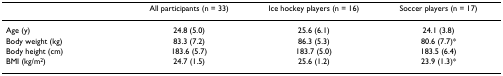
|  | All participants (n = 33) | Ice hockey players (n = 16) | Soccer players (n = 17) |
 | --- | --- | --- | --- |
 | Age (y) | 24.8 (5.0) | 25.6 (6.1) | 24.1 (3.8) |
 | Body weight (kg) | 83.3 (7.2) | 86.3 (5.3) | 80.6 (7.7)* |
 | Body height (cm) | 183.6 (5.7) | 183.7 (5.0) | 183.5 (6.4) |
 | BMI (kg/m2) | 24.7 (1.5) | 25.6 (1.2) | 23.9 (1.3)* |